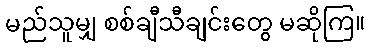
မည်သူမျှ စစ်ချီသီချင်းတွေ မဆိုကြ။